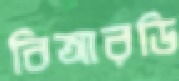
বিআরডি